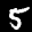
Label: 5